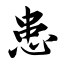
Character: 患